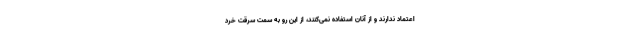
اعتماد ندارند و از آنان استفاده نمی‌کنند، از این رو به سمت سرقت خرد